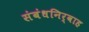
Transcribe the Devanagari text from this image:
संबंधनिर्वाह